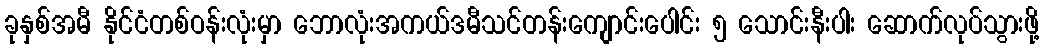
ခုနှစ်အမီ နိုင်ငံတစ်ဝန်းလုံးမှာ ဘောလုံးအကယ်ဒမီသင်တန်းကျောင်းပေါင်း ၅ သောင်းနီးပါး ဆောက်လုပ်သွားဖို့